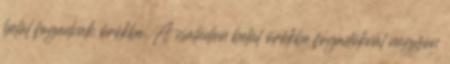
belül fogadnak örökbe. A családon belül örökbe fogadóknál nagyon